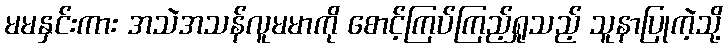
မမနှင်းကား အသဲအသန်လူမမာကို စောင့်ကြပ်ကြည့်ရှုသည့် သူနာပြုကဲ့သို့